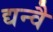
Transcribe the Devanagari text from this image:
द्यन्वै